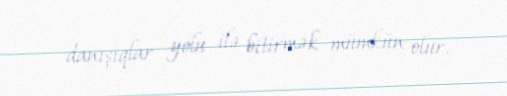
danışıqlar yolu ilə bitirmək mümkün olur.